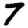
Digit: 7